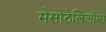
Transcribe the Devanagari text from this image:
मेसोठेलिओमा